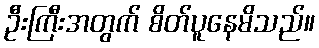
ဦးကြီးအတွက် စိတ်ပူနေမိသည်။